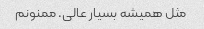
مثل همیشه بسیار عالی. ممنونم